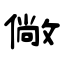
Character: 僘